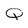
Character: Q